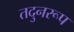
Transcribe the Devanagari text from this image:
तदुनरूप